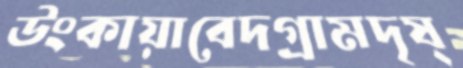
উংকায়াবেদগ্রামদৃষ্